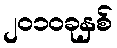
၂၀၁၀ခုနှစ်